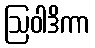
ဩဝါဒိကာ